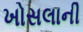
ખોસલાની